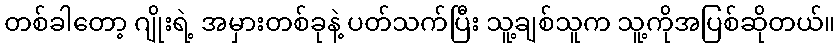
တစ်ခါတော့ ဂျိုးရဲ့ အမှားတစ်ခုနဲ့ ပတ်သက်ပြီး သူ့ချစ်သူက သူ့ကိုအပြစ်ဆိုတယ်။